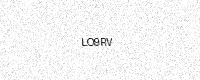
Text: LO9RV